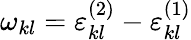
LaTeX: \omega_{kl}=\varepsilon_{kl}^{(2)}-\varepsilon_{kl}^{(1)}